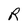
Character: R